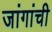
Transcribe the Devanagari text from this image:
जांगांची